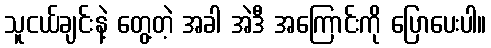
သူငယ်ချင်းနဲ့ တွေ့တဲ့ အခါ အဲဒီ အကြောင်းကို ပြောပေးပါ။